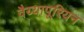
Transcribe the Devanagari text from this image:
वैय्यापूरियन